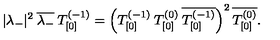
| \lambda _ { - } | ^ { 2 } \: \overline { { \lambda _ { - } } } \: T _ { [ 0 ] } ^ { ( - 1 ) } = \left( T _ { [ 0 ] } ^ { ( - 1 ) } \: T _ { [ 0 ] } ^ { ( 0 ) } \: \overline { { T _ { [ 0 ] } ^ { ( - 1 ) } } } \right) ^ { 2 } \overline { { T _ { [ 0 ] } ^ { ( 0 ) } } } .